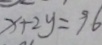
x + 2 y = 9 6